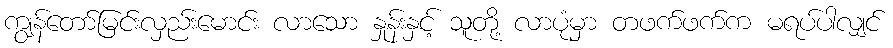
ကျွန်တော်မြင်းလှည်းမောင်း လာသော နှုန်းနှင့် သူတို့ လာပုံမှာ တဖက်ဖက်က မရပ်ပါလျှင်